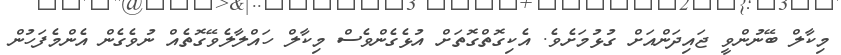
މިކާލް ބޭނުންވީ ޖައިދަންއަށް ގުޅުމަށެވެ. އެކިގޮތްގޮތަށް އުޅެގެންވެސް މިކާލް ހައްލާލެވޭގޮތެއް ނުވެގެން އެންމެފަހުން